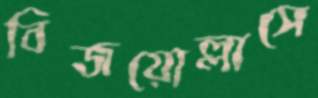
বিজয়োল্লাসে